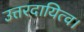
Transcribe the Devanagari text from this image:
उत्तरदायित्व।